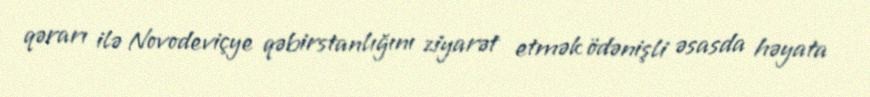
qərarı ilə Novodeviçye qəbirstanlığını ziyarət etmək ödənişli əsasda həyata